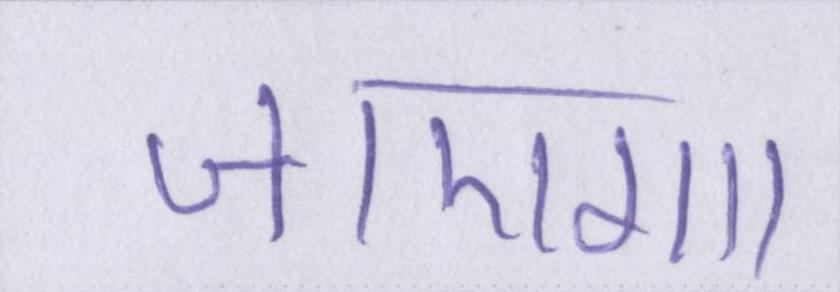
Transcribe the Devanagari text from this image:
जाएगा।